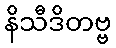
နိသီဒိတဗ္ဗ